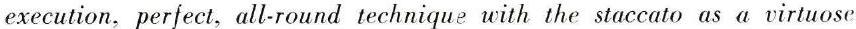
execution, perfect, all-round technique with the staccato as a virtuose